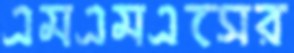
এমএমএসের